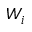
W _ { i }